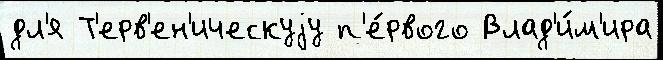
дл'я Т'ерв'ен'ическуjу п'е́рвого Влад'и́м'ира